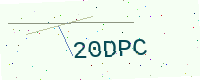
Text: 20DPC